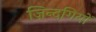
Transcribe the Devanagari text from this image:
ज़िन्दगियों